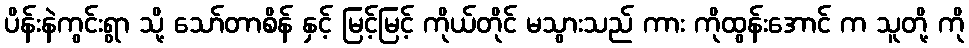
ပိန်းနဲကွင်းရွာ သို့ သော်တာစိန် နှင့် မြင့်မြင့် ကိုယ်တိုင် မသွားသည် ကား ကိုထွန်းအောင် က သူတို့ ကို